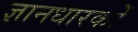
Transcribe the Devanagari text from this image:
ज्ञानधारकों